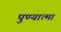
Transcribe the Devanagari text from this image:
पुण्‍यात्‍मा